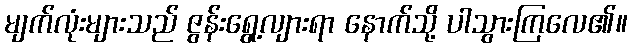
မျက်လုံးများသည် ဇွန်းရွေ့လျားရာ နောက်သို့ ပါသွားကြလေ၏။